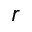
r